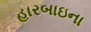
હારબાઇના